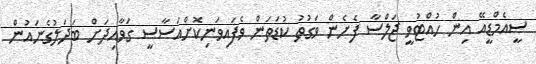
ސީއެމްޑީއޭ އިން ހުއްޓުވީ ޖަލްސާ ފެށެން ވަގުތު ކުޑަތަން ވެފައިވަނިކޮށްއަސާސީ ގަވާއިދަށް ބަދަލުގެނައުން